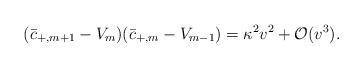
LaTeX: \begin{align*} (\bar{c}_{+,m+1}-V_{m})(\bar{c}_{+,m}-V_{m-1})=\kappa^2v^2+\mathcal{O}(v^3).\end{align*}